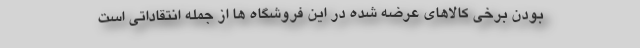
بودن برخی کالاهای عرضه شده در این فروشگاه ها از جمله انتقاداتی است